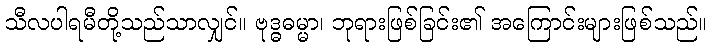
သီလပါရမီတို့သည်သာလျှင်။ ဗုဒ္ဓဓမ္မာ၊ ဘုရားဖြစ်ခြင်း၏ အကြောင်းများဖြစ်သည်။